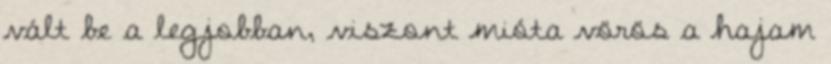
vált be a legjobban, viszont mióta vörös a hajam